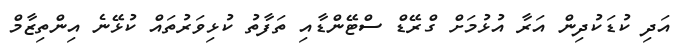
އަދި ކުޑަކުދިން އަރާ އުޅުމަށް ގްރޭޑް ސްޓޭންޑާއި ތަފާތު ކުޅިވަރުތައް ކުޅޭނެ އިންތިޒާމް